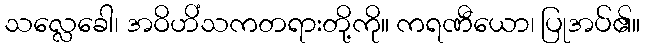
သလ္လေခေါ၊ အဝိဟိံသကတရားတို့ကို။ ကရဏီယော၊ ပြုအပ်၏။